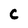
Character: C